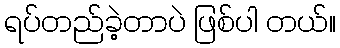
ရပ်တည်ခဲ့တာပဲ ဖြစ်ပါ တယ်။